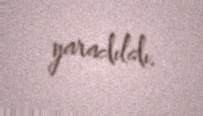
yaradıldı.